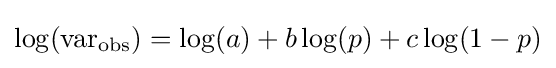
\log(\operatorname {var} _{\text{obs}})=\log(a)+b\log(p)+c\log(1-p)